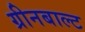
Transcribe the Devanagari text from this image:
ग्रीनबाल्ट